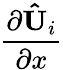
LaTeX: \frac{\partial{\mathbf{\hat{U}}_{i}}}{\partial x}